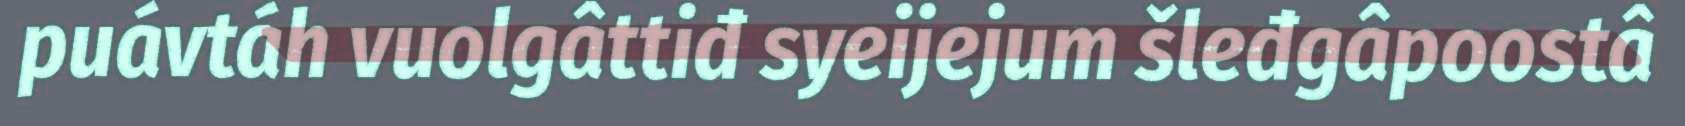
puávtáh vuolgâttiđ syeijejum šleđgâpoostâ